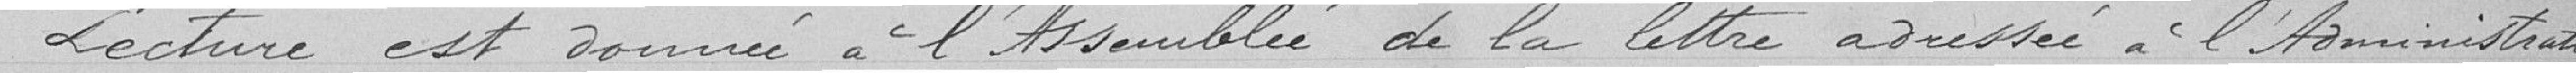
Lecture est donnée à l'Assemblée de la lettre adressée à l'Administration